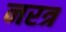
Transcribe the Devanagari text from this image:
नरत्र